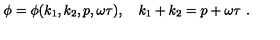
\phi = \phi ( k _ { 1 } , k _ { 2 } , p , \omega \tau ) , \quad k _ { 1 } + k _ { 2 } = p + \omega \tau \ .